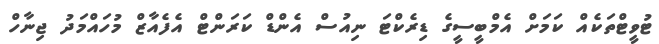
ޓުވީޓްތަކެއް ކަމަށް އެމްބީސީގެ ޑިރެކްޓަ ނިއުސް އެންޑް ކަރަންޓް އެފެއާޒް މުހައްމަދު ޖިނާހް